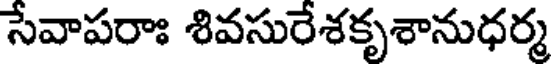
సేవాపరాః శివసురేశకృశానుధర్మ